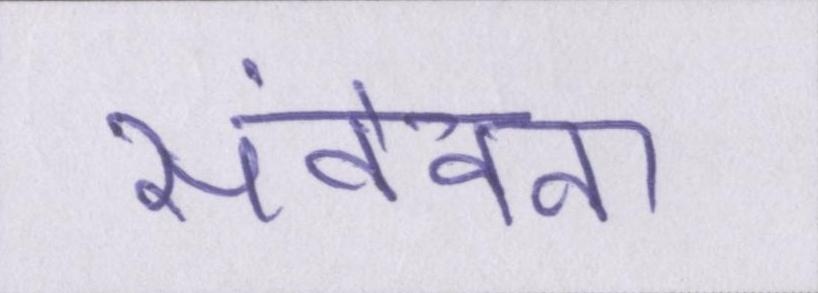
संवेदना